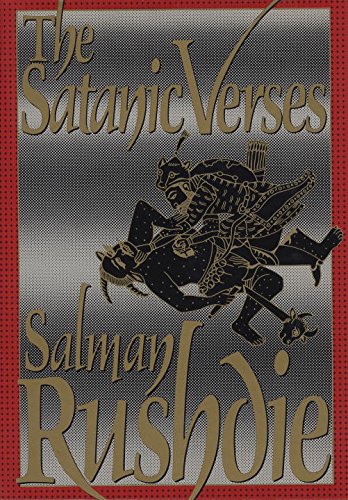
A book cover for The Satanic Verses; Salman Rushdie; Literature & Fiction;